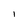
Character: 1